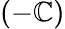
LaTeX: (-\mathbb{C})